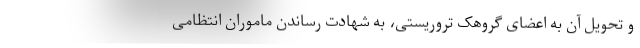
و تحویل آن به اعضای گروهک تروریستی، به شهادت رساندن ماموران انتظامی